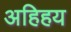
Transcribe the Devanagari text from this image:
अहिहय